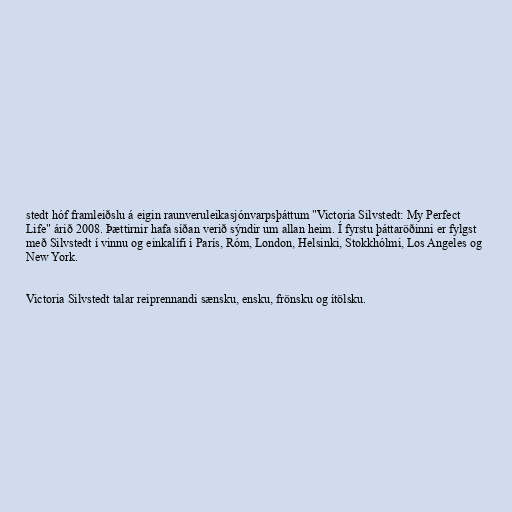
stedt hóf framleiðslu á eigin raunveruleikasjónvarpsþáttum "Victoria Silvstedt: My Perfect
Life" árið 2008. Þættirnir hafa síðan verið sýndir um allan heim. Í fyrstu þáttaröðinni er fylgst
með Silvstedt í vinnu og einkalífi í París, Róm, London, Helsinki, Stokkhólmi, Los Angeles og
New York.

Victoria Silvstedt talar reiprennandi sænsku, ensku, frönsku og ítölsku.